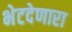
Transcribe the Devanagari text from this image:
भेटदेणारा